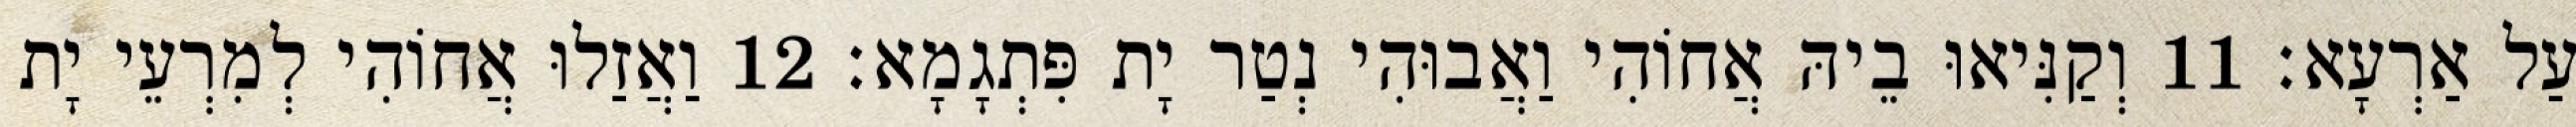
עַל אַרְעָא׃ 11 וְקַנִּיאוּ בֵיהּ אֲחוֹהִי וַאֲבוּהִי נְטַר יָת פִּתְגָמָא׃ 12 וַאֲזַלוּ אֲחוֹהִי לְמִרְעֵי יָת